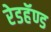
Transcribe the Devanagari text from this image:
रेडहॅण्ड